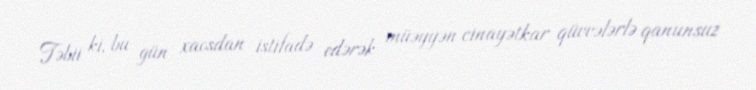
Təbii ki, bu gün xaosdan istifadə edərək müəyyən cinayətkar qüvvələrlə qanunsuz